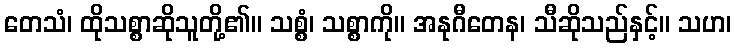
တေသံ၊ ထိုသစ္စာဆိုသူတို့၏။ သစ္စံ၊ သစ္စာကို။ အနုဂီတေန၊ သီဆိုသည်နှင့်။ သဟ၊